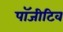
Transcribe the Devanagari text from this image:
पॉजीटिव